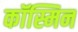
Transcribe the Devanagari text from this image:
कॉस्मिन